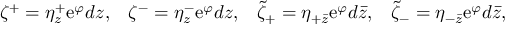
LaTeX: \begin{array} { l l l l } { { \zeta ^ { + } = \eta _ { z } ^ { + } \mathrm { e } ^ { \varphi } d z , } } & { { \zeta ^ { - } = \eta _ { z } ^ { - } \mathrm { e } ^ { \varphi } d z , } } & { { \tilde { \zeta } _ { + } = \eta _ { + \bar { z } } \mathrm { e } ^ { \varphi } d \bar { z } , } } & { { \tilde { \zeta } _ { - } = \eta _ { - \bar { z } } \mathrm { e } ^ { \varphi } d \bar { z } , } } \end{array}